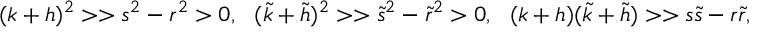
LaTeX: ( k + h ) ^ { 2 } > > s ^ { 2 } - r ^ { 2 } > 0 , \ \ ( \tilde { k } + \tilde { h } ) ^ { 2 } > > \tilde { s } ^ { 2 } - \tilde { r } ^ { 2 } > 0 , \ \ ( k + h ) ( \tilde { k } + \tilde { h } ) > > s \tilde { s } - r \tilde { r } ,